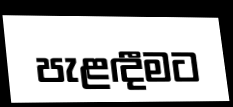
පැළඳීමට